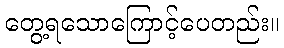
တွေ့ရသောကြောင့်ပေတည်း။